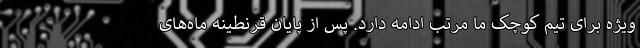
ویژه برای تیم کوچک ما مرتب ادامه دارد. پس از پایان قرنطینه ماه‌های